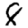
Digit: 8